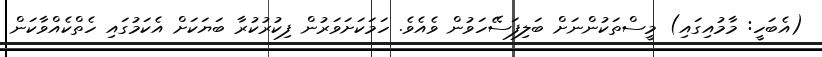
(އެބަހީ: މާމުއިގައި) މީސްތަކުންނަށް ބަލިފަސޭހަވުން ވެއެވެ. ހަމަކަށަވަރުން ފިކުރުކުރާ ބަޔަކަށް އެކަމުގައި ހެތްކެއްވާކަން